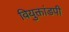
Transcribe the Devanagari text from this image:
वियुक्तांडपी